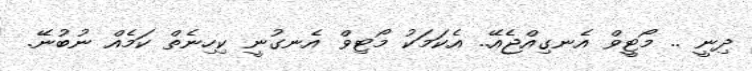
ދިނީ .. މޯޓީވް އެނގިއްޖެއޭ.. އެކަމަކު މޯޓިވް އެނގުނީ ކިހިނެތް ކަމެއް ނުބުނޭ.